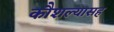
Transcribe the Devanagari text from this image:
कौशल्यासह